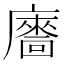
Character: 𢋢